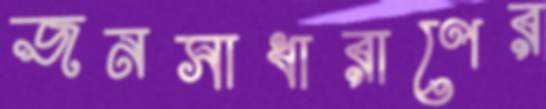
জনসাধারাণের